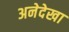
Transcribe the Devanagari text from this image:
अनेदेखा